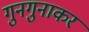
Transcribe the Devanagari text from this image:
गुनगुनाकर